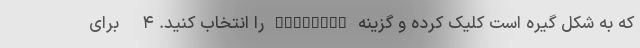
که به شکل گیره است کلیک کرده و گزینه Location را انتخاب کنید. ۴- برای